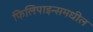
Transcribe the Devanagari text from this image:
फिलिपाइन्समधील